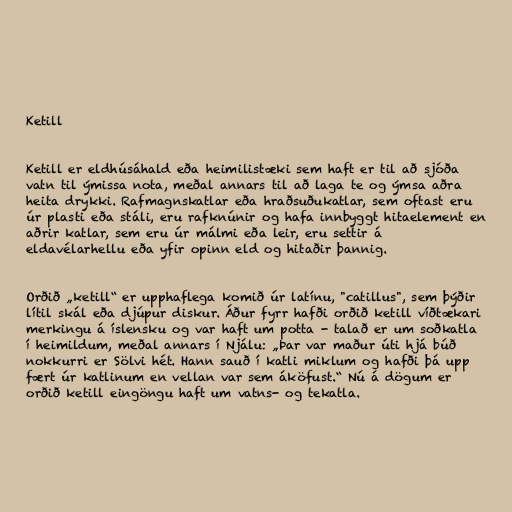
Ketill

Ketill er eldhúsáhald eða heimilistæki sem haft er til að sjóða
vatn til ýmissa nota, meðal annars til að laga te og ýmsa aðra
heita drykki. Rafmagnskatlar eða hraðsuðukatlar, sem oftast eru
úr plasti eða stáli, eru rafknúnir og hafa innbyggt hitaelement en
aðrir katlar, sem eru úr málmi eða leir, eru settir á
eldavélarhellu eða yfir opinn eld og hitaðir þannig.

Orðið „ketill“ er upphaflega komið úr latínu, "catillus", sem þýðir
lítil skál eða djúpur diskur. Áður fyrr hafði orðið ketill víðtækari
merkingu á íslensku og var haft um potta - talað er um soðkatla
í heimildum, meðal annars í Njálu: „Þar var maður úti hjá búð
nokkurri er Sölvi hét. Hann sauð í katli miklum og hafði þá upp
fært úr katlinum en vellan var sem áköfust.“ Nú á dögum er
orðið ketill eingöngu haft um vatns- og tekatla.